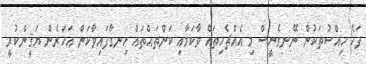
ފަހެ ހިއްސުތަކުން ނޭނގެނީސް މި އެއްޗެހިތައް ވާކަމާއި ކަންތައްތައް ހިނގާފައިވާކަން އަހަރެން ޔަޤީންކުރީ